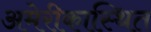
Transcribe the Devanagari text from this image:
अमेरीकास्थित